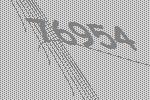
76954